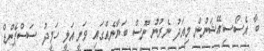
ބާ އެސޯސިއޭޝަނުން މިއަދު ނެރުނު ނޫސް ބަޔާނެއްގައި ވަނީ އަލީ ހަމީދު ސަސްޕެންޑް